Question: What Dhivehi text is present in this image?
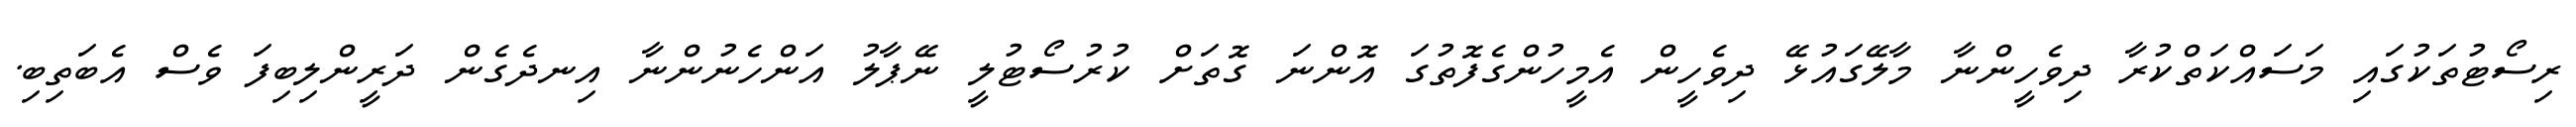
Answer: ރިސޯޓުތަކުގައި މަސައްކަތްކުރާ ދިވެހީންނާ މާލޭގައުޅޭ ދިވެހީން އެމީހުންގެފޮތުގަ އޮންނަ ގޮތަށް ކުރުސޯޓުލީ ނޭޕާލު އަންހެނުންނާ އިނދެގެން ދަރީންލިބިފަ ވެސް އެބަތިބި.